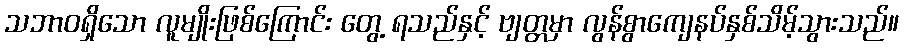
သဘာဝရှိသော လူမျိုးဖြစ်ကြောင်း တွေ့ ရသည်နှင့် ဗျတ္တမှာ လွန်စွာကျေနပ်နှစ်သိမ့်သွားသည်။